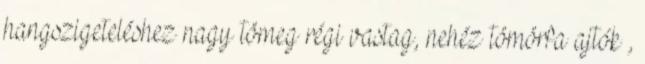
hangszigeteléshez nagy tömeg régi vastag, nehéz tömörfa ajtók ,